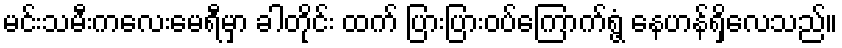
မင်းသမီးကလေးမေရီမှာ ခါတိုင်း ထက် ပြားပြားဝပ်ကြောက်ရွံ့ နေဟန်ရှိလေသည်။